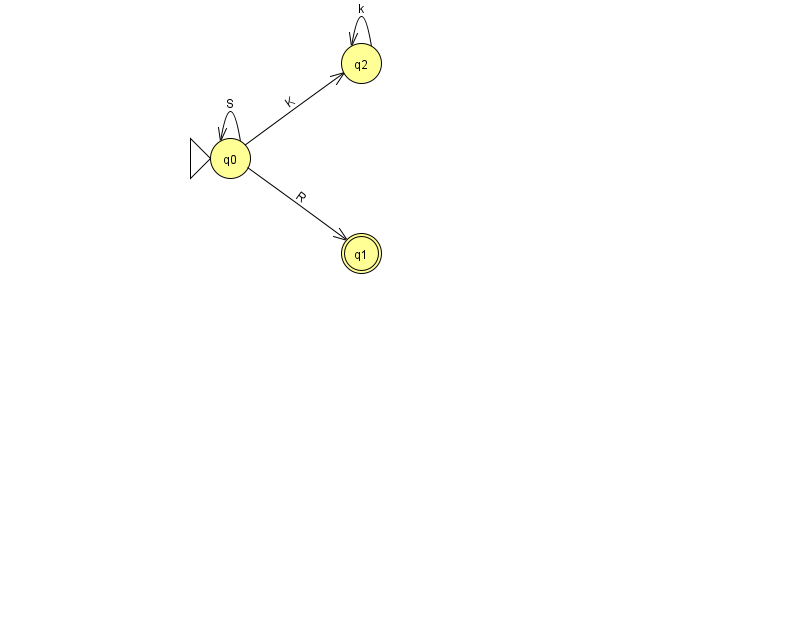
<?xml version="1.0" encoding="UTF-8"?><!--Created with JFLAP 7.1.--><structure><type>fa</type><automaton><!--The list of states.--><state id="0" name="q0"><x>230.0</x><y>145.0</y><initial/></state><state id="1" name="q1"><x>361.0</x><y>240.0</y><final/></state><state id="2" name="q2"><x>361.0</x><y>50.0</y></state><!--The list of transitions.--><transition><from>0</from><to>0</to><read>S</read></transition><transition><from>0</from><to>2</to><read>K</read></transition><transition><from>0</from><to>1</to><read>R</read></transition><transition><from>2</from><to>2</to><read>k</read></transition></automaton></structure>